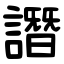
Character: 譖